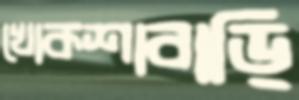
খোকশাবাড়ি